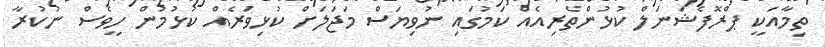
ތިމާއަކީ ޕްރޮފެޝަނަލް ކުޅުންތެރިއެއް ކަމުގައި ނުވިޔަސް މަޖަލަށް ކުޅިވަރެއް ކުޅުމުން ހީވެސް ނުކުރާ